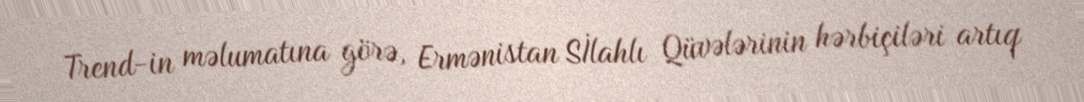
Trend-in məlumatına görə, Ermənistan Sİlahlı Qüvələrinin hərbiçiləri artıq